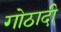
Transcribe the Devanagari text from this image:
गोठादी